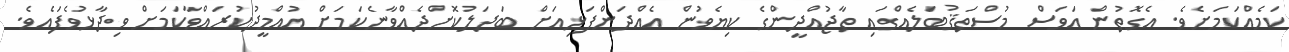
ކަމެއްކަމަށެވެ. އެގޮތުން އަވަސް މުސްތަޤުބަލެއްގައި ތާޖުއްދީންގެ ކިޔެވުން އެއްދަންފަޅިއަށް ބަދަލުކޮށްދެއްވާނެކަމަށް އުއްމީދުކުރައްވާކަމަށް ވިދާޅުވެފައެވެ.